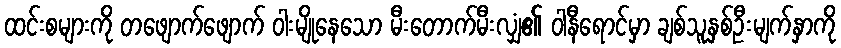
ထင်းစများကို တဖျောက်ဖျောက် ဝါးမျိုနေသော မီးတောက်မီးလျှံ၏ ဝါနီရောင်မှာ ချစ်သူနှစ်ဦးမျက်နှာကို